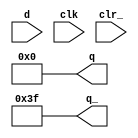
module am25s174(d, q, q_, clk, clr_);
parameter WIDTH = 6;
input [WIDTH-1:0] d;
output [WIDTH-1:0] q;
output [WIDTH-1:0] q_;
input clk;
input clr_;

reg [WIDTH-1:0] q;

always @(clr_)
begin
  q  = {WIDTH{1'b0}};
end

always @(posedge clk)
begin
	if (clr_ == 1'b1) begin
		q = d;
	end
end

assign q_  = ~q;

endmodule